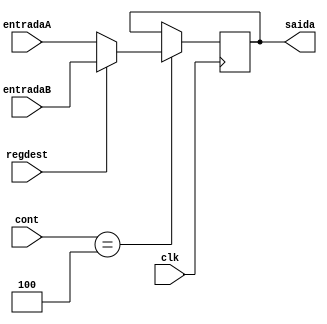
module multiplex_regdest (clk, cont, entradaA, entradaB, regdest, saida);
	input wire [4:0] entradaA;
	input wire [4:0] entradaB;
	input wire clk;
	input wire [3:0] cont;
	input wire regdest;
	output reg [4:0] saida;

	always @(negedge clk) begin
		if(cont==4) begin
			if(regdest==1) begin
				saida <= entradaB;
			end else begin
				saida <= entradaA;
			end
		end
	end
endmodule